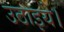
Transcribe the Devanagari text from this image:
उठाइये।